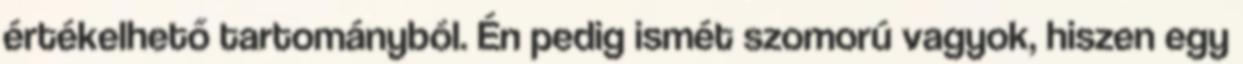
értékelhető tartományból. Én pedig ismét szomorú vagyok, hiszen egy